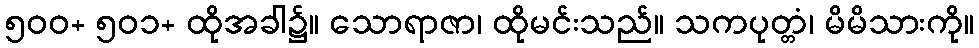
၅၀၀+ ၅၀၁+ ထိုအခါ၌။ သောရာဇာ၊ ထိုမင်းသည်။ သကပုတ္တံ၊ မိမိသားကို။